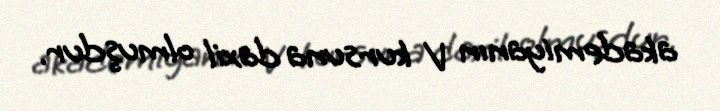
akademiyanın V kursuna daxil olmuşdur.